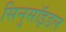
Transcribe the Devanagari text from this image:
सिनुसॉइडल